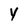
Character: Y